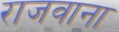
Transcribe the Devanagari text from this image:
राजवाना